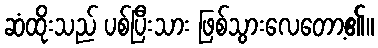
ဆံထိုးသည် ပစ်ပြီးသား ဖြစ်သွားလေတော့၏။